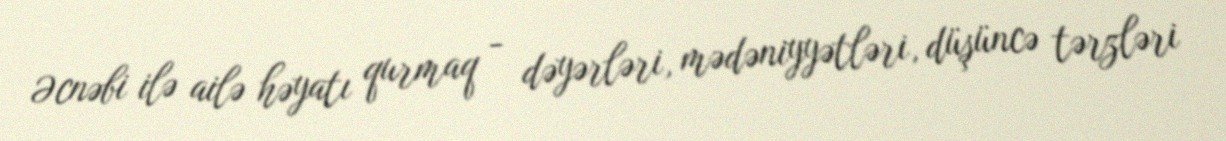
Əcnəbi ilə ailə həyatı qurmaq - dəyərləri, mədəniyyətləri, düşüncə tərzləri